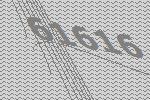
61616